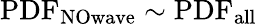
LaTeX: \mathrm{PDF_{NOwave}}\sim\mathrm{PDF_{all}}